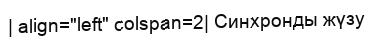
| align="left" colspan=2| Синхронды жүзу